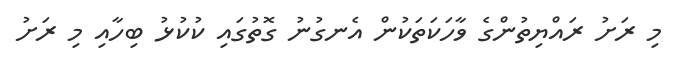
މި ރަށު ރައްޔިތުންގެ ވާހަކަތަކުން އެނގުނު ގޮތުގައި ކުކުޅު ބިހާއި މި ރަށު